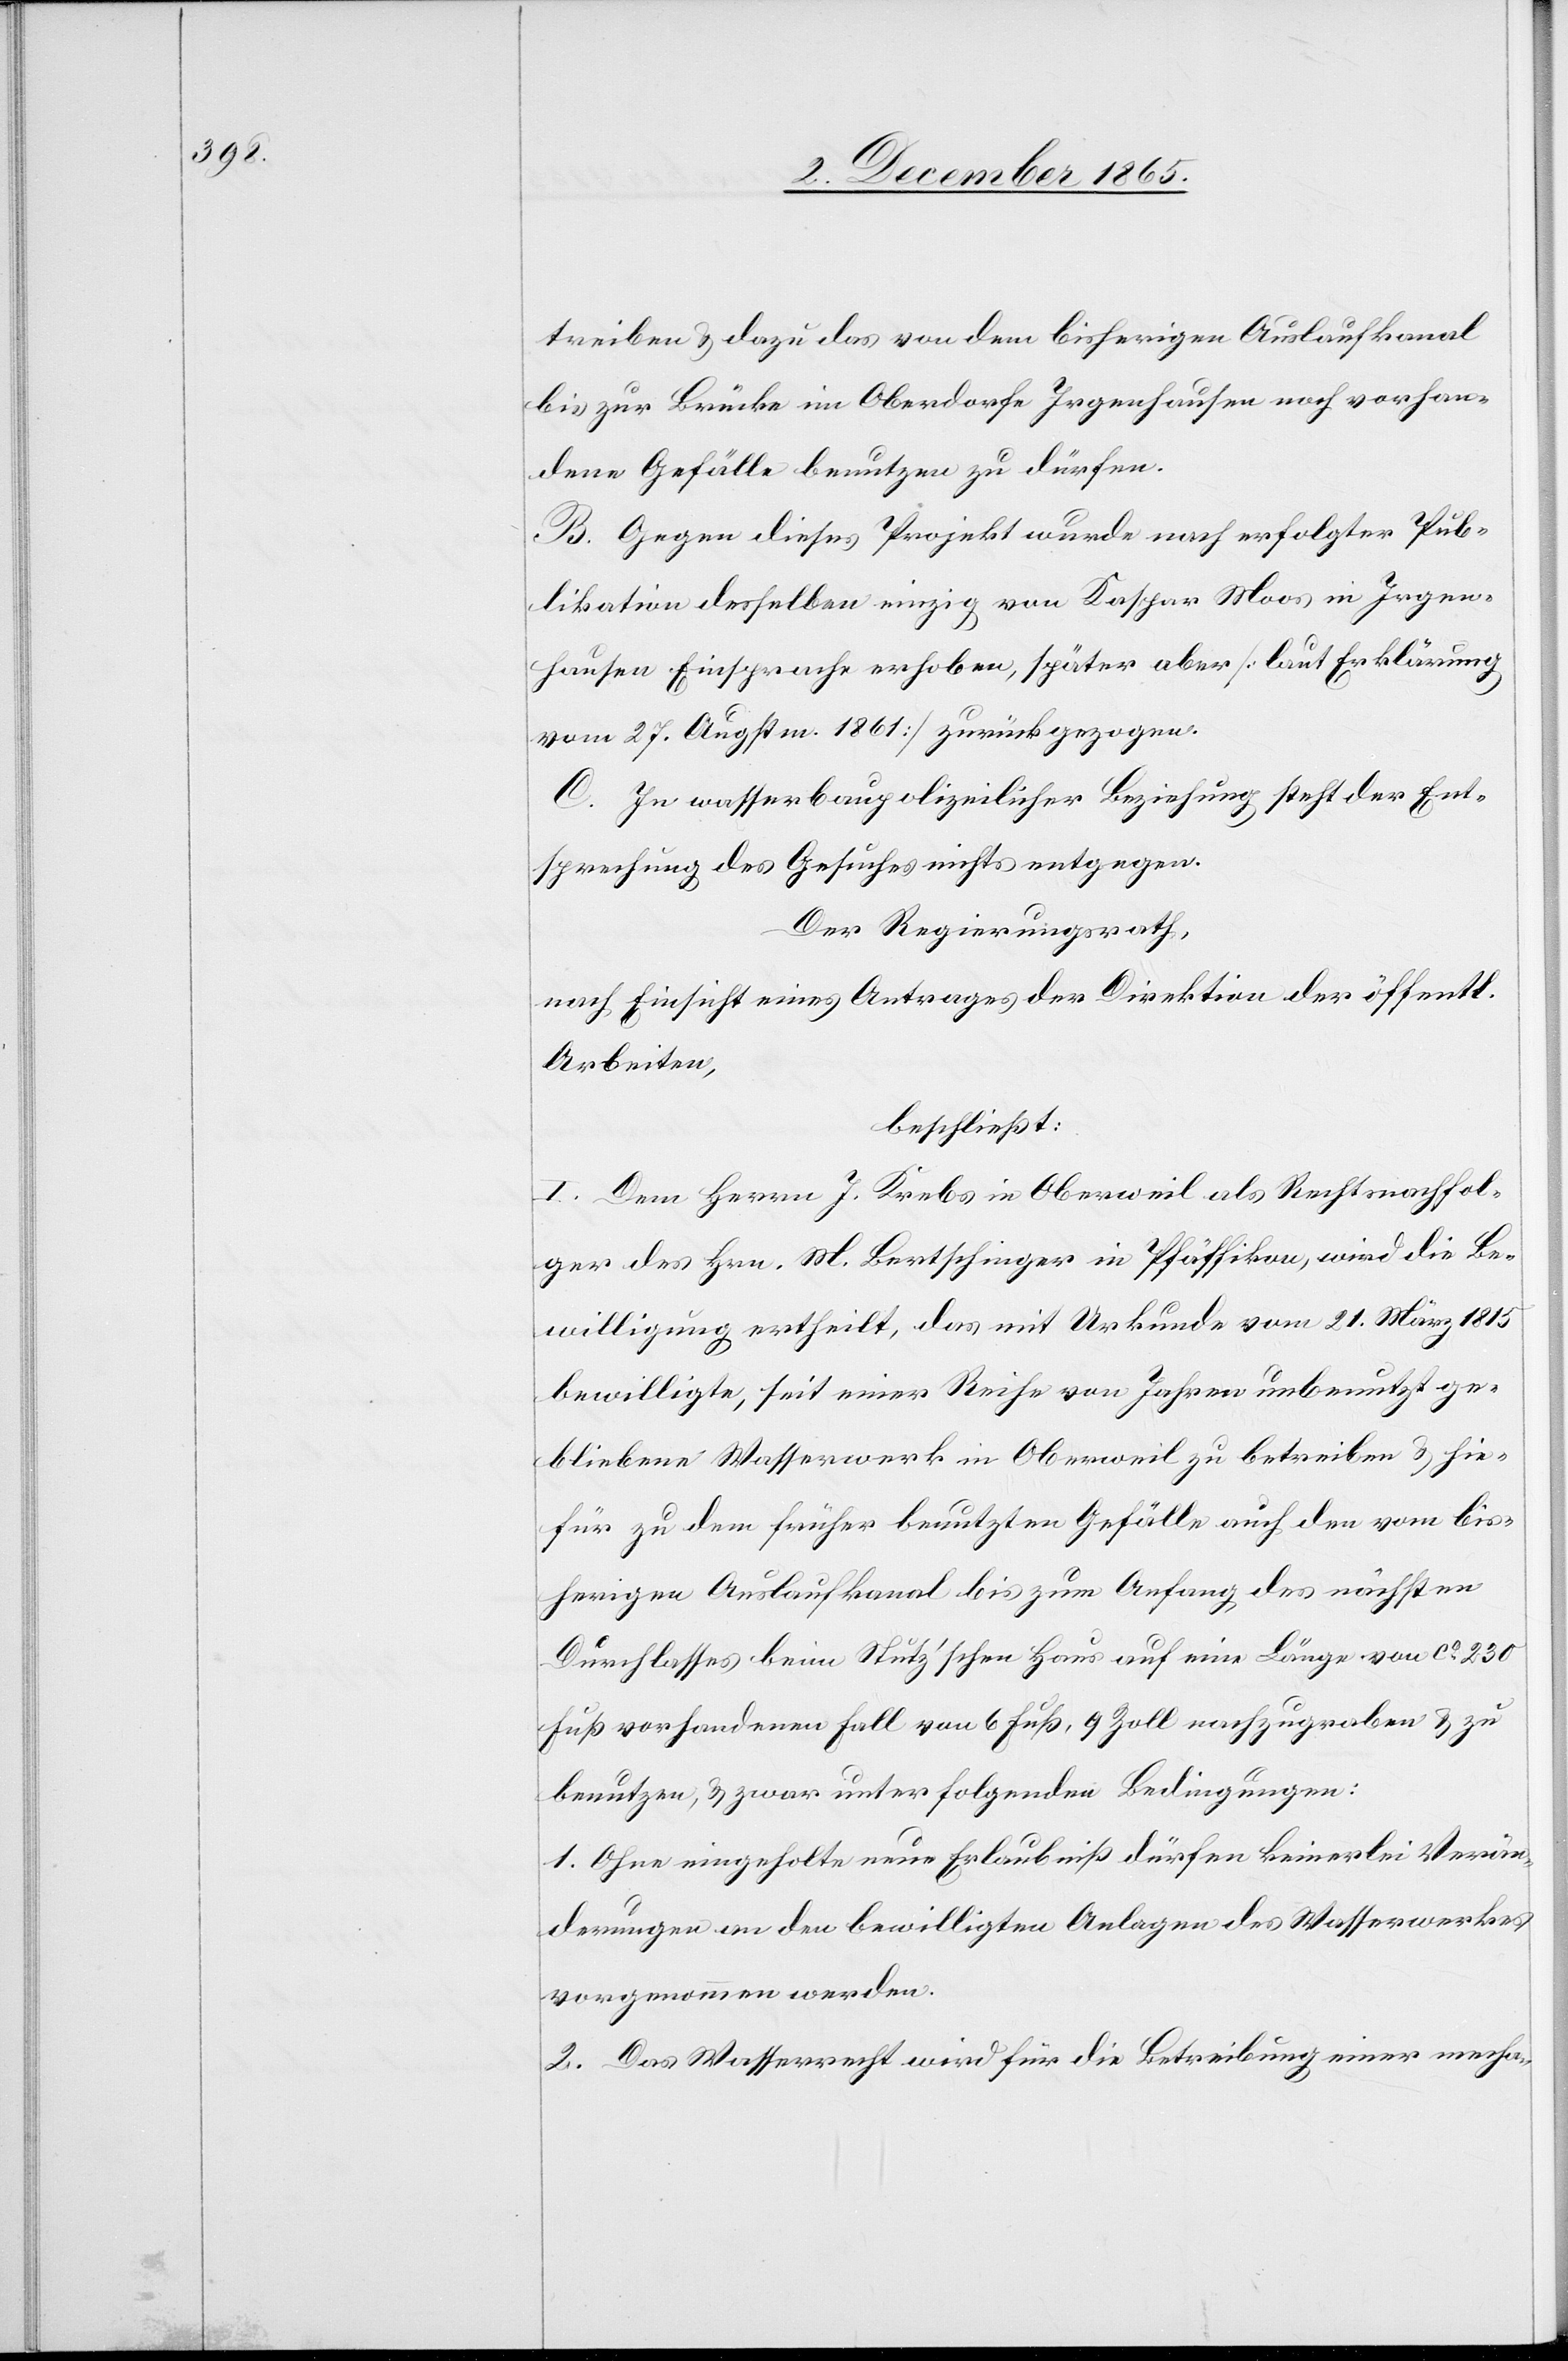
treiben & dazu das von dem bisherigen Auslaufkanal
bis zur Brücke im Oberdorfe Irgenhausen noch vorhan¬
dene Gefälle benutzen zu dürfen.
B. Gegen dieses Projekt wurde nach erfolgter Pub¬
likation desselben einzig von Kaspar Moos in Irgen¬
hausen Einsprache erhoben, später aber [laut Erklärung
vom 27. Augstm. 1861] zurückgezogen.
C. In wasserbaupolizeilicher Beziehung steht der Ent¬
sprechung des Gesuches nichts entgegen.
Der Regierungsrath,
nach Einsicht eines Antrages der Direktion der öffentl.
Arbeiten,
beschließt:
I. Dem Herrn J. Krebs in Oberweil als Rechtsnachfol¬
ger des Hrn. M. Bertschinger in Pfäffikon, wird die Be¬
willigung ertheilt, das mit Urkunde vom 21. März 1815
bewilligte, seit einer Reihe von Jahren unbenutzt ge¬
bliebene Wasserwerk in Oberweil zu betreiben & hie¬
für zu dem früher benutzten Gefälle auch den vom bis¬
herigen Auslaufkanal bis zum Anfang des nächsten
Durchlasses beim Stutz’schen Haus auf eine Länge von ca 230
Fuß vorhandenen Fall von 6 Fuß, 9 Zoll nachzugraben & zu
benutzen und zwar unter folgenden Bedingungen:
1. Ohne eingeholte neue Erlaubniß dürfen keinerlei Verän¬
derungen an den bewilligten Anlagen des Wasserwerkes
vorgenommen werden.
2. Das Wasserrecht wird für die Betreibung einer mecha-